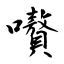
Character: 嚽